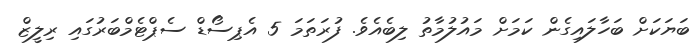
ބަޔަކަށް ބަހާލައިގެން ކަމަށް މައުލުމާތު ލިބެއެވެ. ފުރަތަމަ 5 އެޕިސޯޑް ސެޕްޓެމްބަރުގައި ރިލީޒް